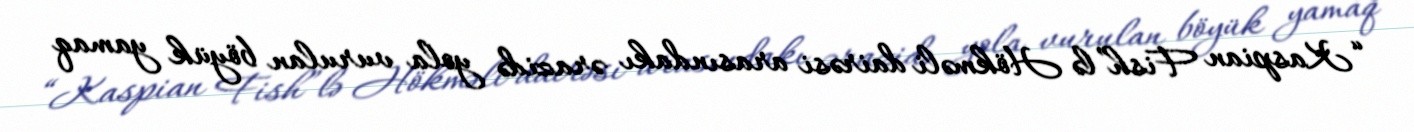
“Kaspian Fish”lə Hökməli dairəsi arasındakı ərazidə yola vurulan böyük yamaq